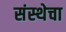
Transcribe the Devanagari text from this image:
संस्‍थेचा